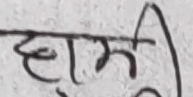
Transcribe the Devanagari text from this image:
हार्मि